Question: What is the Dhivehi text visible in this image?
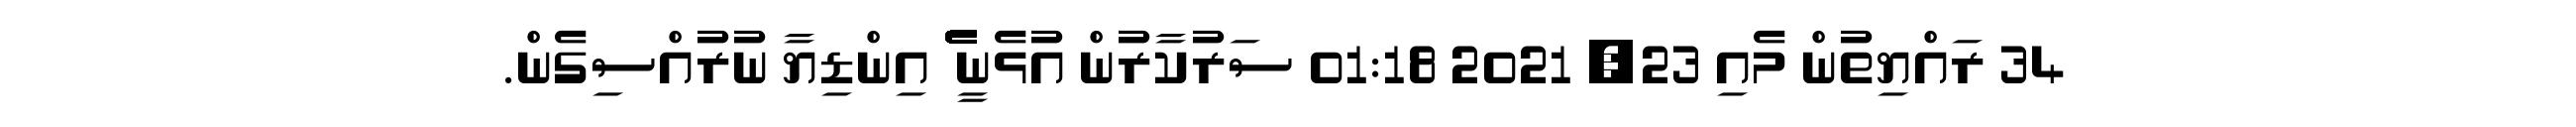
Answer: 34 ރައްޔިތުން މެއި 23, 2021 01:18 ސަރުކާރުން އުޅެނީ ެެެެެެެެެެެެެެެެެެެެެެެެެެެެެެެެެެެެެެެެެެެެެެެެެެެެެެެެެެެެެެެ އިންޑިޔާ ނުރުއްސިގެން.